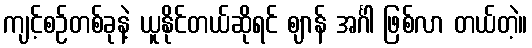
ကျင့်စဉ်တစ်ခုနဲ့ ယူနိုင်တယ်ဆိုရင် ဈာန် အင်္ဂါ ဖြစ်လာ တယ်တဲ့။